Report of the Hyderabad Chloroform Commission
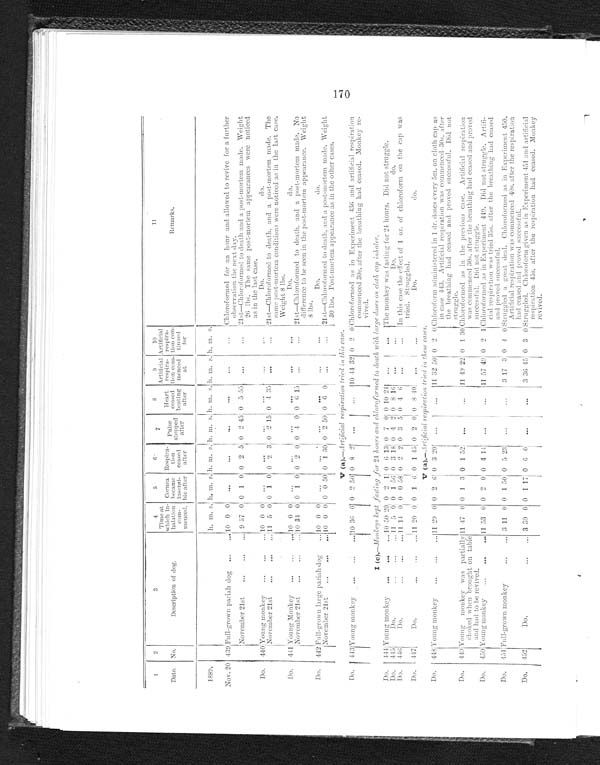
1
2
3
4
5
6
7
8
9 10
1 1
Date. No.
Descri pt i on of dog.
Time at
whi ch i n- hal at i on com- menced. Co r n e a b e c a me i n s e n s i - b l e a f t e r Respi ra-t i on ceased aft er
H e a r t c e a s e d b e a t i n g a f t e r Ar t i f i c i a l r e s pi r a - t i on c om- me nc e d a t Artificial
r espi r a- t i on con- t i nued f or
R e m a r k s .
P u l s e s t o p p e d a f t e r
1889.
h. m. s. h. m. s. h. m. s. h. m. s. h. m. s. h. m. s. h. m. s.
Nov. 20 439 Full-grown pariah dog . . .
10 0 0
. . .
. . .
. . .
. . .
. . .
. . .
Chloroformed for an hour and allowed to revive for a further
observation the next day.
November 21st . . .
9 57 0 0 1 0 0 2 5 0 2 45 0 5 55
. . .
. . . 21st—Chloroformed to death and a post-mortem made. Weight
26 lbs. The same post-mortem appearances were noticed
as in the last case.
Do. 440 Y o u n g m o n k e y . . .
10 0 0
. . .
. . .
. . .
. . .
. . . . . .
Do.
do.
21st—Chloroformed to death, and a post-mortem made. The
same post-mortem conditions were noticed as in the last case.
Weight 8 lbs.
November 21st . . .
11
5 0 0
1 0 0 2 3 0 2 15 0 4 35
. . .
. . .
Do. 441 Y o u n g M o n k e y . . .
10 0 0
. . .
. . .
. . .
. . .
. . .
. . .
Do. do.
N o v e m b e r 2 1 s t . . .
10 31 0 0
1 0 0 2 0 0
4 0 0 6 15
. . .
. . . 21st—Chloroformed to death. and a post-mortem made. No
difference to he seen in the post-mortem appearance. Weight
8 lbs.
Do.
442 Full-grown large pariah dog . . . 10 0 0
. . .
. . . . . .
. . .
. . .
. . .
Do. do.
N o v e m b e r 2 1 s t . . .
10 0 0 0 0 50 0 1 30 0 2 50 0 6 0
. . . . . .
2 1 s t — C h l o r o f o r m e d t o d e a t h , a n d a p o s t - m o r t e m m a d e . W e i g h t 3 0 l b s . P o s t - m o r t e m a p p e a r a n c e a s i n t h e o t h e r c a s e s .
V (a).—Artificial respiration tried in this case.
Do.
443 Young monkey . . .
10 36 0 0 2 50 0 8 2
. . .
. . . 10 44 32 0 2 0
Chloroformed as in Experiment 436 and artificial respiration
commenced 30s. after the breathing had ceased. Monkey re
-vived.
I (c).—Monkeys kept fasting for 24 hours and chloroformed to death with large doses on cloth cap inhaler.
Do. 444 Young monkey . . .
10 50 20 0 2 1 0 6 13 0 7 0 0 10 24
. . .
. . .
The monkey was fasting for 24 hours. Did not struggle.
Do.
445
Do. . . .
11 5 0 0 1
56
0 3 18 0 4 2 0 8 16
. . .
. . .
D o . d o .
Do. 446
Do. . . .
11 14 0 0 0 58 0
2 2 0 3 5 0 4 6 . . .
. . .
In this case the effect of 1 oz. of chloroform on the cap was
tried. Struggled.
Do.
447
Do. . . .
11 20 0 0 1 6 0 1 45 0 2 0 0 8 40
. . . . . .
Do. do.
V (a).— Artificial respiration tried in these cases.
Do. 448 Young monkey . . .
11 29 0 0 2 6 0 3 20
. . .
. . .
11 32 50 0 2 0
Chloroformed administered in 1 dr. doses every 5m. on cloth cap
as in case 443. Artificial respiration was commenced 30s. after
the breathing had ceased and proved successful Did not
struggle.
Young monkey was
partially choked when brought on table
and had to be revived.
Do. 449
11 47 0 0 1 3 0 1 52
. . .
. . .
11 49 22 0 1 30 Chlorformed as in the previous case. Artificial respiration
was commenced 30s. after the breathing had ceased and proved
successful. Did not struggle.
Do. 450
11 53 0 0 2 0 0 4 14
. . .
. . .
11 57 49 0 2 1 Chloroformed as in Experiment 449. Did not struggle.
Artifi-cial respiration was tried 35s. after the breathing had ceased
and proved successful.
Young monkey . . .
Do.
451 Full-grown monkey . . .
3 11 0 0 1 50 0 5 23
. . .
. . .
3 17 3 0 4 0 Struggled a great deal. Chloroformed as in Experiment 450.
Artificial respiration was commenced 40s. after the respiration
had ceased and proved successful.
Do.
452
Do. . . .
3 30 0 0 1 17 0 6 0
. . .
. . .
3 36 45
0
3 0
S t r u g g l e d . C h l o r o f o r m g i v e n a s i n E x p e r i m e n t 4 5 1 a n d a r t i f i c i a l r e s p i r a t i o n 4 5 s . a f t e r t h e r e s p i r a t i o n h a d c e a s e d . M o n k e y r e v i v e d .
170